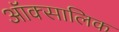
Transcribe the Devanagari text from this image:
ऑक्सालिक